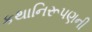
કથાનિરૂપણની